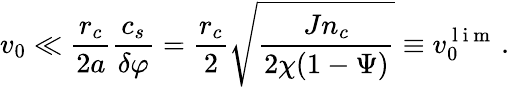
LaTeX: v_{0}\ll\frac{r_{c}}{2a}\frac{c_{s}}{\delta\varphi}=\frac{r_{c}}{2}\sqrt{\frac{Jn_{c}}{2\chi(1-\Psi)}}\equiv v_{0}^{\mathrm{~l~i~m~}}\, .